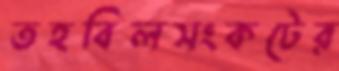
তহবিলসংকটের